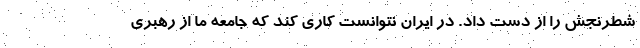
شطرنجش را از دست داد. در ایران نتوانست کاری کند که جامعه ما از رهبری